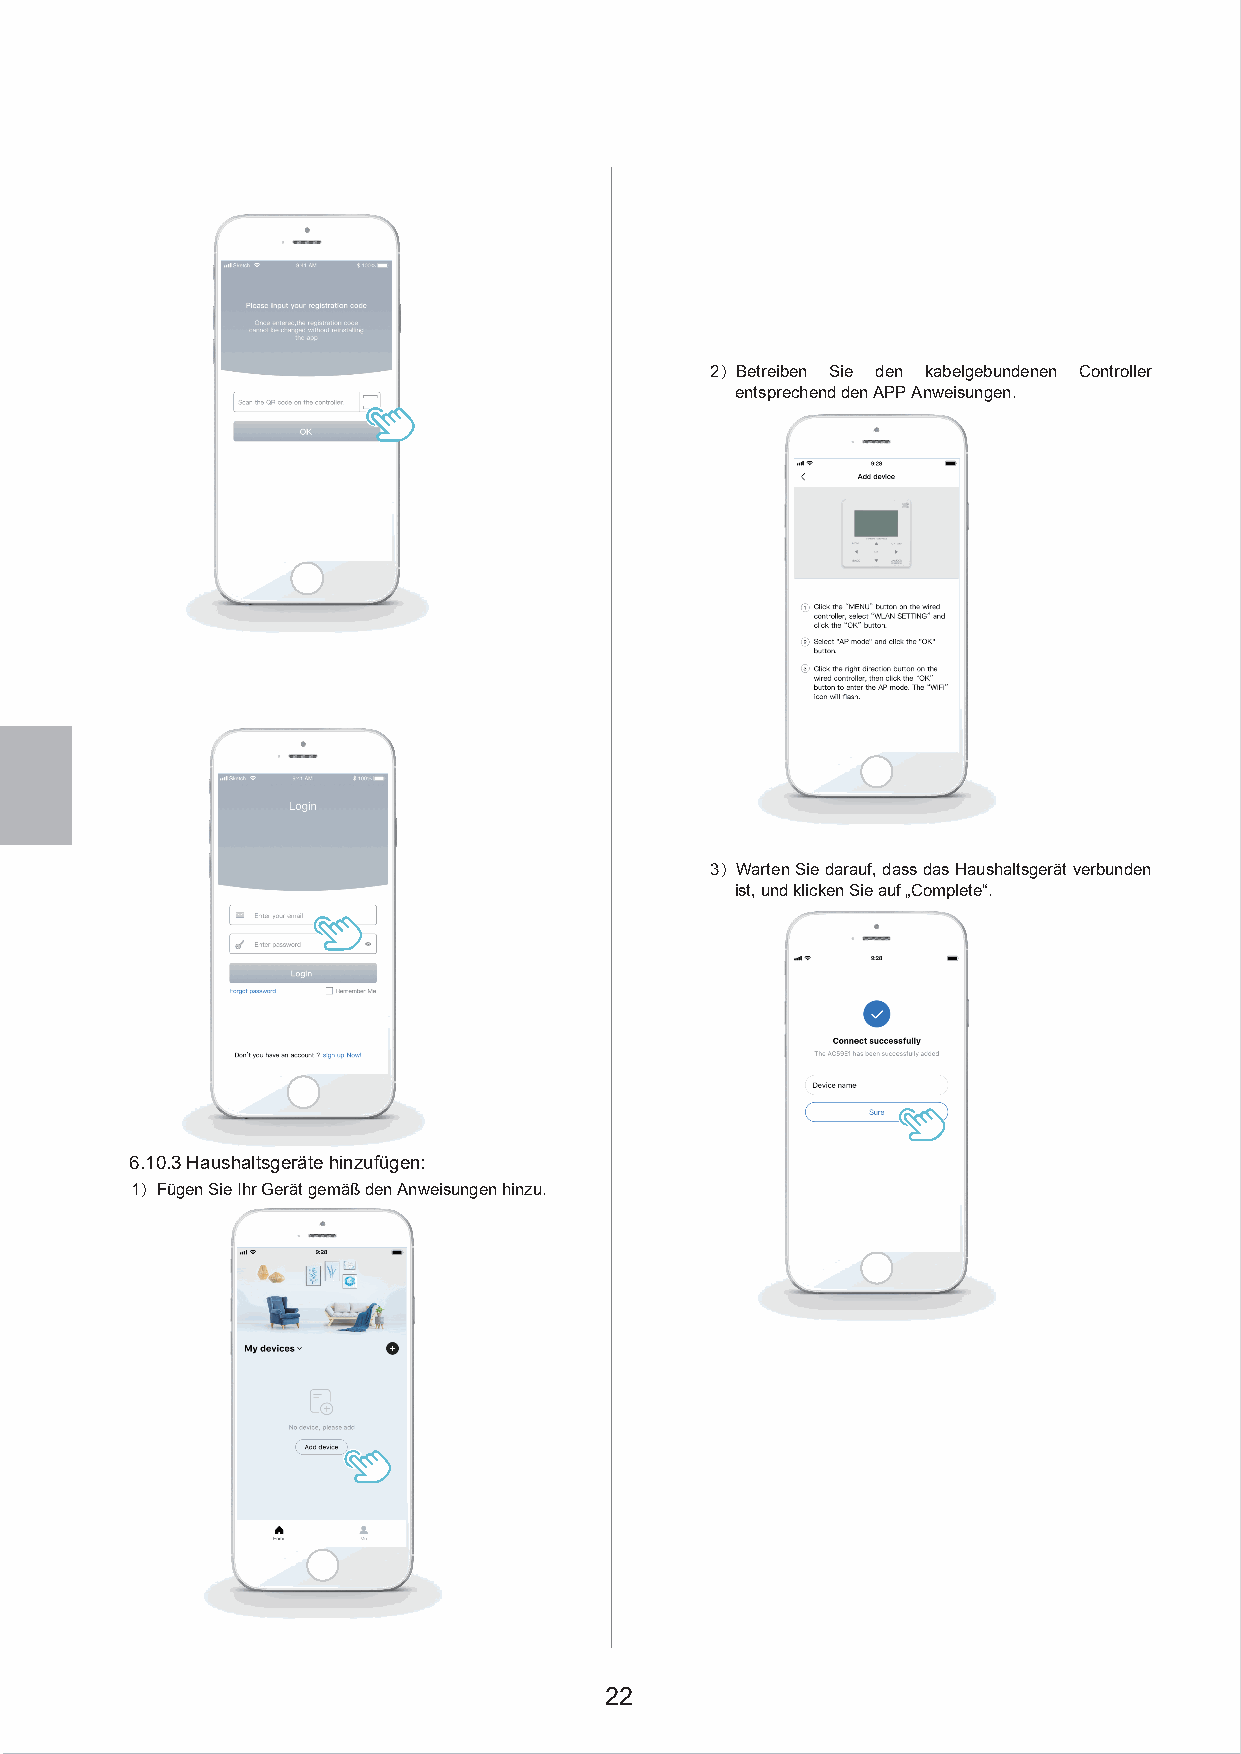
2）Betreiben Sie den kabelgebundenen Controller
 entsprechend den APP Anweisungen.
 3）Warten Sie darauf, dass das Haushaltsgerät verbunden
 ist, und klicken Sie auf „Complete“.
 6.10.3 Haushaltsgeräte hinzufügen:
 1）Fügen Sie Ihr Gerät gemäß den Anweisungen hinzu.
 22